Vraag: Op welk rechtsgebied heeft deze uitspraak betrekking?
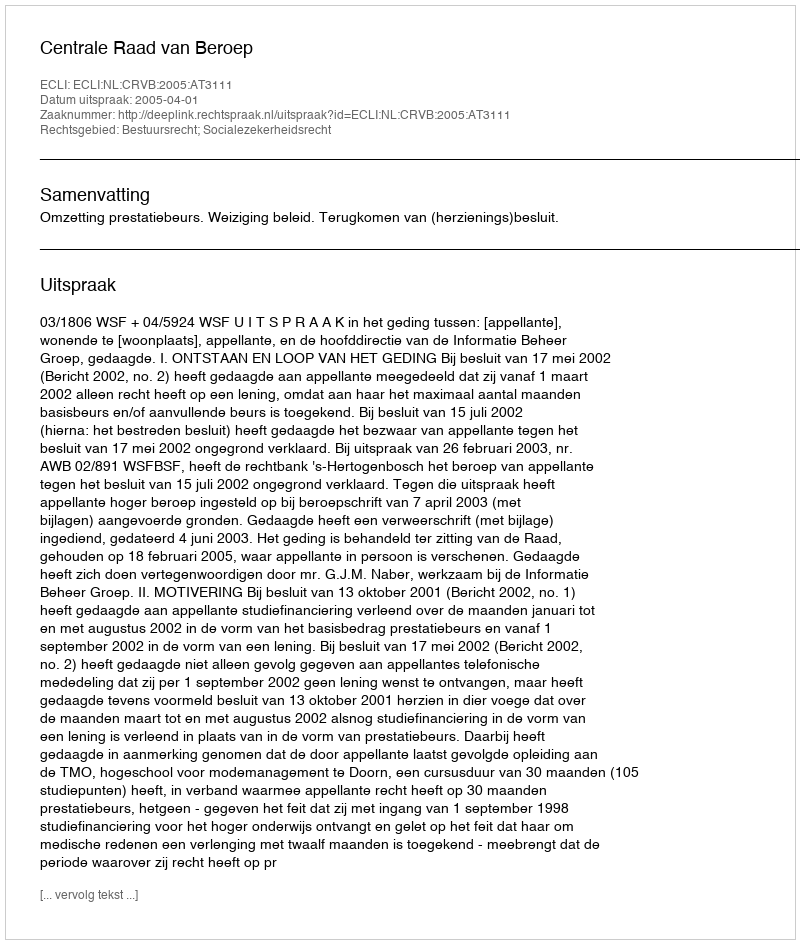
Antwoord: Bestuursrecht; Socialezekerheidsrecht